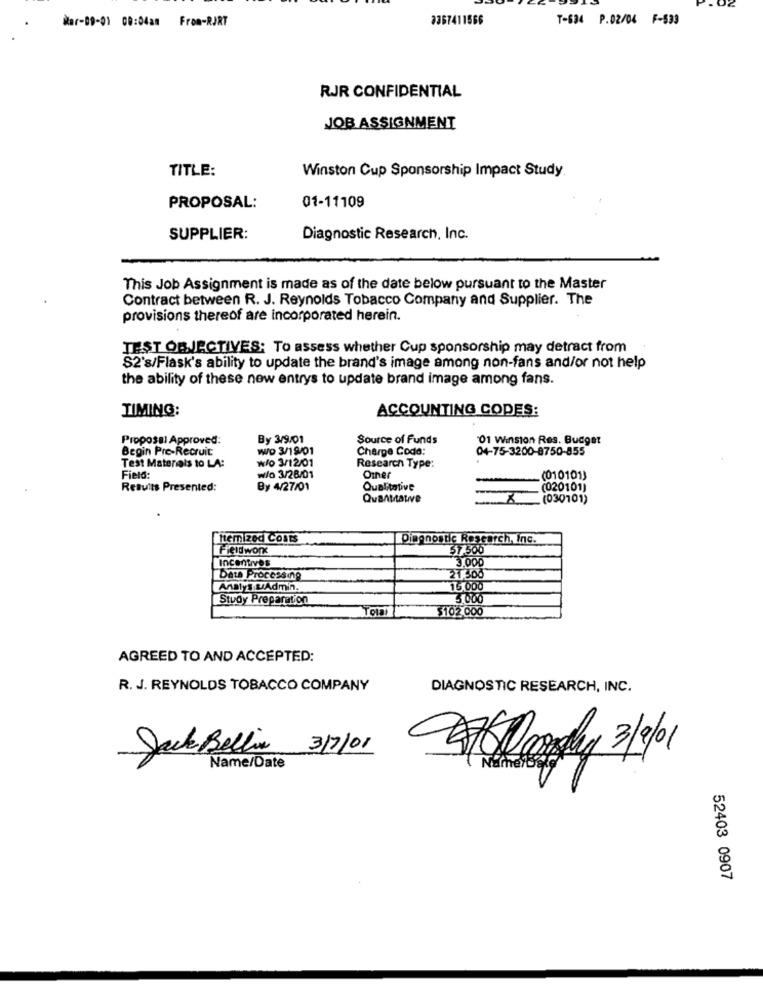
. 02
kar-09-01 00:04am From-RJRT
3367411566
T-634 P.02/04 F-533
RJR CONFIDENTIAL
JOB ASSIGNMENT
TITLE:
Winston Cup Sponsorship Impact Study
PROPOSAL:
01-11109
SUPPLIER:
Diagnostic Research, Inc.
This Job Assignment is made as of the date below pursuant to the Master
Contract between R. J. Reynolds Tobacco Company and Supplier. The
provisions thereof are incorporated herein.
TEST OBJECTIVES: To assess whether Cup sponsorship may detract from
S2's/Flask's ability to update the brand's image among non-fans and/or not help
the ability of these new entrys to update brand image among fans.
TIMING:
ACCOUNTING CODES:
Proposal Approved:
By 3/9/01
Source of Funds
'01 Winston Res. Budget
Begin Pre-Recruit
WO 3/19/01
Charge Code:
04-75-3200-8750-855
w/o 3/12/01
Test Materials to LA:
Research Type:
Field:
w/o 3/28/01
Omner
(010101)
Results Presented:
By 4/27/01
Qualitative
(020101)
.(030101)
Itemized Costs
Diagnostic Research, inc.
Fieldwork
51.500
Incentives
3.000
Data Processing
21.500
Analys uAdmin.
15.000
Study Preparation
3.000
Ťou
$102.000
AGREED TO AND ACCEPTED:
R. J. REYNOLDS TOBACCO COMPANY
DIAGNOSTIC RESEARCH, INC.
Jack Bellin
3/7/01
Lordhy 3/4/01
Name/Date
52403 0907